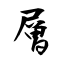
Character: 層